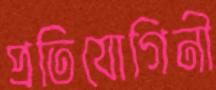
প্রতিযোগিনী